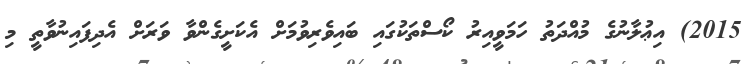
2015) އިޢުލާނުގެ މުއްދަތު ހަމަވީއިރު ކޯސްތަކުގައި ބައިވެރިވުމަށް އެކަށީގެންވާ ވަރަށް އެދިފައިނުވާތީ މި